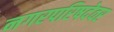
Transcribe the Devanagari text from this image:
नगरपरिषदेवर